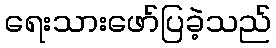
ရေးသားဖော်ပြခဲ့သည်